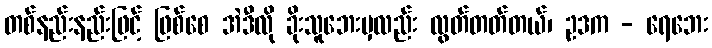
တစ်နည်းနည်းဖြင့် ဖြစ်စေ အဲဒီလို ခိုးသူဘေးမှလည်း လွတ်တတ်တယ်၊ ဥဒက - ရေဘေး